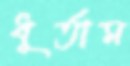
ধূর্তাম